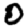
Digit: 0